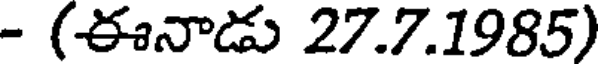
- (ఈనాడు 27.7.1985)